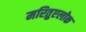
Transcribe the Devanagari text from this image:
मरितुएलोक